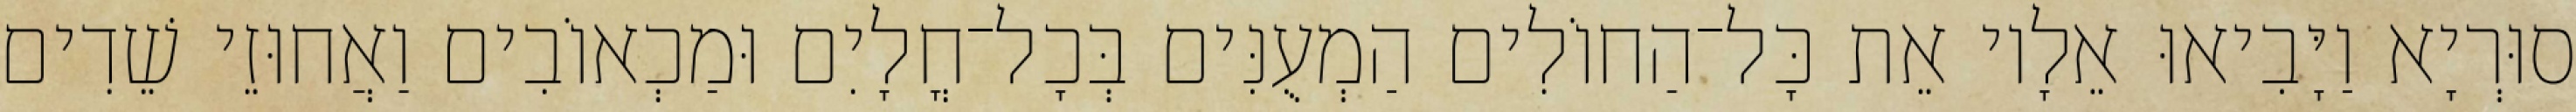
סוּרְיָא וַיָּבִיאוּ אֵלָיו אֵת כָּל־הַחוֹלִים הַמְעֻנִּים בְּכָל־חֳלָיִם וּמַכְאוֹבִים וַאֲחוּזֵי שֵׁדִים